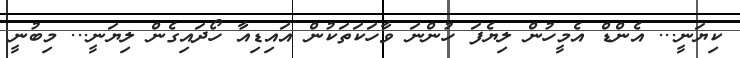
ކިޔަނީ... އެންޑް އެމީހުން ލިޔެފަ ހުންނަ ވާހަކަތަކުން އައިޑިއާ ހޯދައިގެން ލިޔަނީ... މިބުނީ